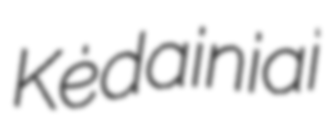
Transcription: Kėdainiai